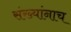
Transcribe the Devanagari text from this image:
संख्यांनाच